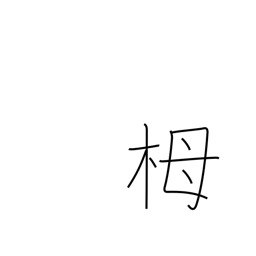
Meaning: hemlock